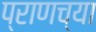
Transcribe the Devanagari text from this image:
प्राणच्या